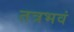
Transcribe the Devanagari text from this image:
तत्रभवं